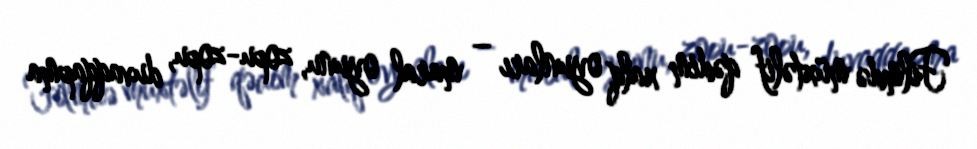
Filmdə müxtəlif qədim xalq oyunları – maral oyunu, zopu-zopu, duvaqqapma